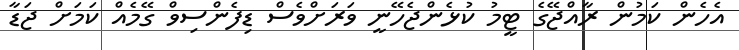
އެހެން ކަމުން ރާއްޖޭގެ ޓީމު ކުޅެންޖެހޭނީ ވަރަށްވެސް ޑިފެންސިވް ގޭމެއް ކަމަށް ޖަޑާ